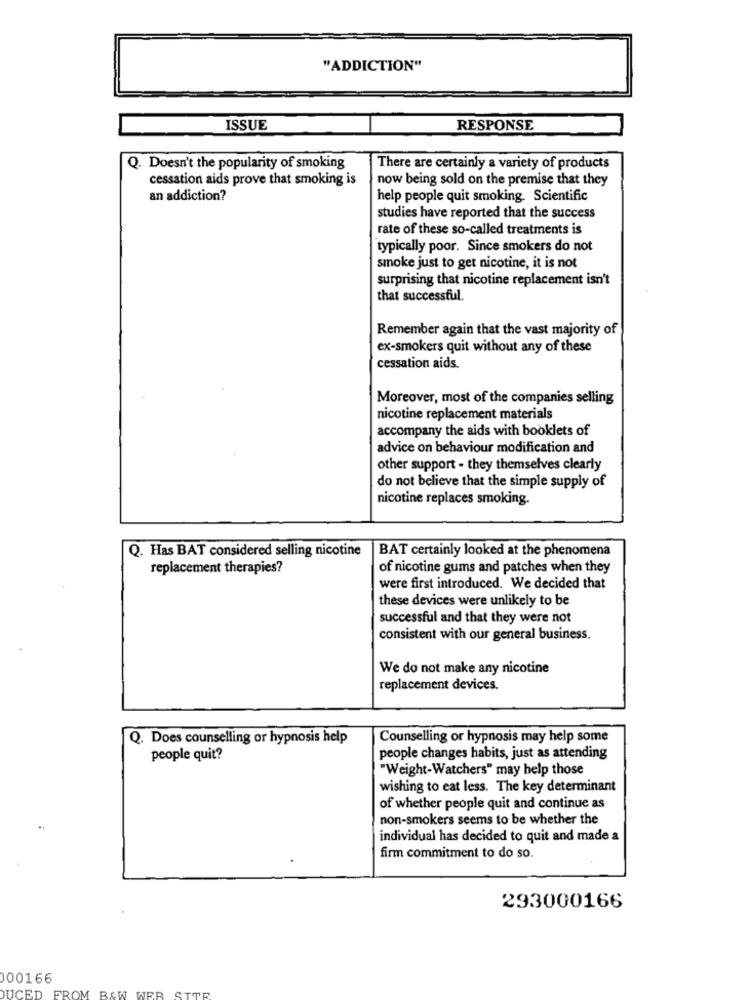
"ADDICTION"
ISSUE
RESPONSE
Q. Doesn't the popularity of smoking
There are certainly a variety of products
cessation aids prove that smoking is
now being sold on the premise that they
an addiction?
help people quit smoking. Scientific
studies have reported that the success
rate of these so-called treatments is
typically poor. Since smokers do not
smoke just to get nicotine, it is not
surprising that nicotine replacement isn't
that successful.
Remember again that the vast majority of
ex-smokers quit without any of these
cessation aids.
Moreover, most of the companies selling
nicotine replacement materials
accompany the aids with booklets of
advice on behaviour modification and
other support - they themselves clearly
do not believe that the simple supply of
nicotine replaces smoking.
Q. Has BAT considered selling nicotine
BAT certainly looked at the phenomena
replacement therapies?
of nicotine gums and patches when they
were first introduced. We decided that
these devices were unlikely to be
successful and that they were not
consistent with our general business.
We do not make any nicotine
replacement devices.
Q. Does counselling or hypnosis help
Counselling or hypnosis may help some
people quit?
people changes habits, just as attending
"Weight-Watchers" may help those
wishing to eat less. The key determinant
of whether people quit and continue as
non-smokers seems to be whether the
individual has decided to quit and made a
firm commitment to do so.
293000166
000166
DUCED
FROM B&W WER SITR